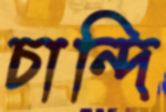
চান্দি